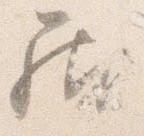
居